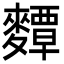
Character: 𪍵